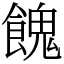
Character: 餽